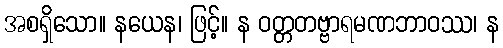
အစရှိသော။ နယေန၊ ဖြင့်။ န ဝတ္တတဗ္ဗာရမဏဘာဝဿ၊ န